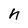
Character: h